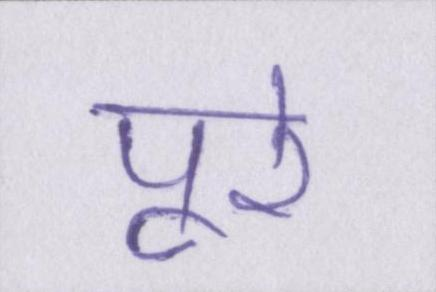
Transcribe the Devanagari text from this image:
पूरे